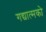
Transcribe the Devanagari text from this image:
गद्यात्‍मको